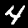
Digit: 4